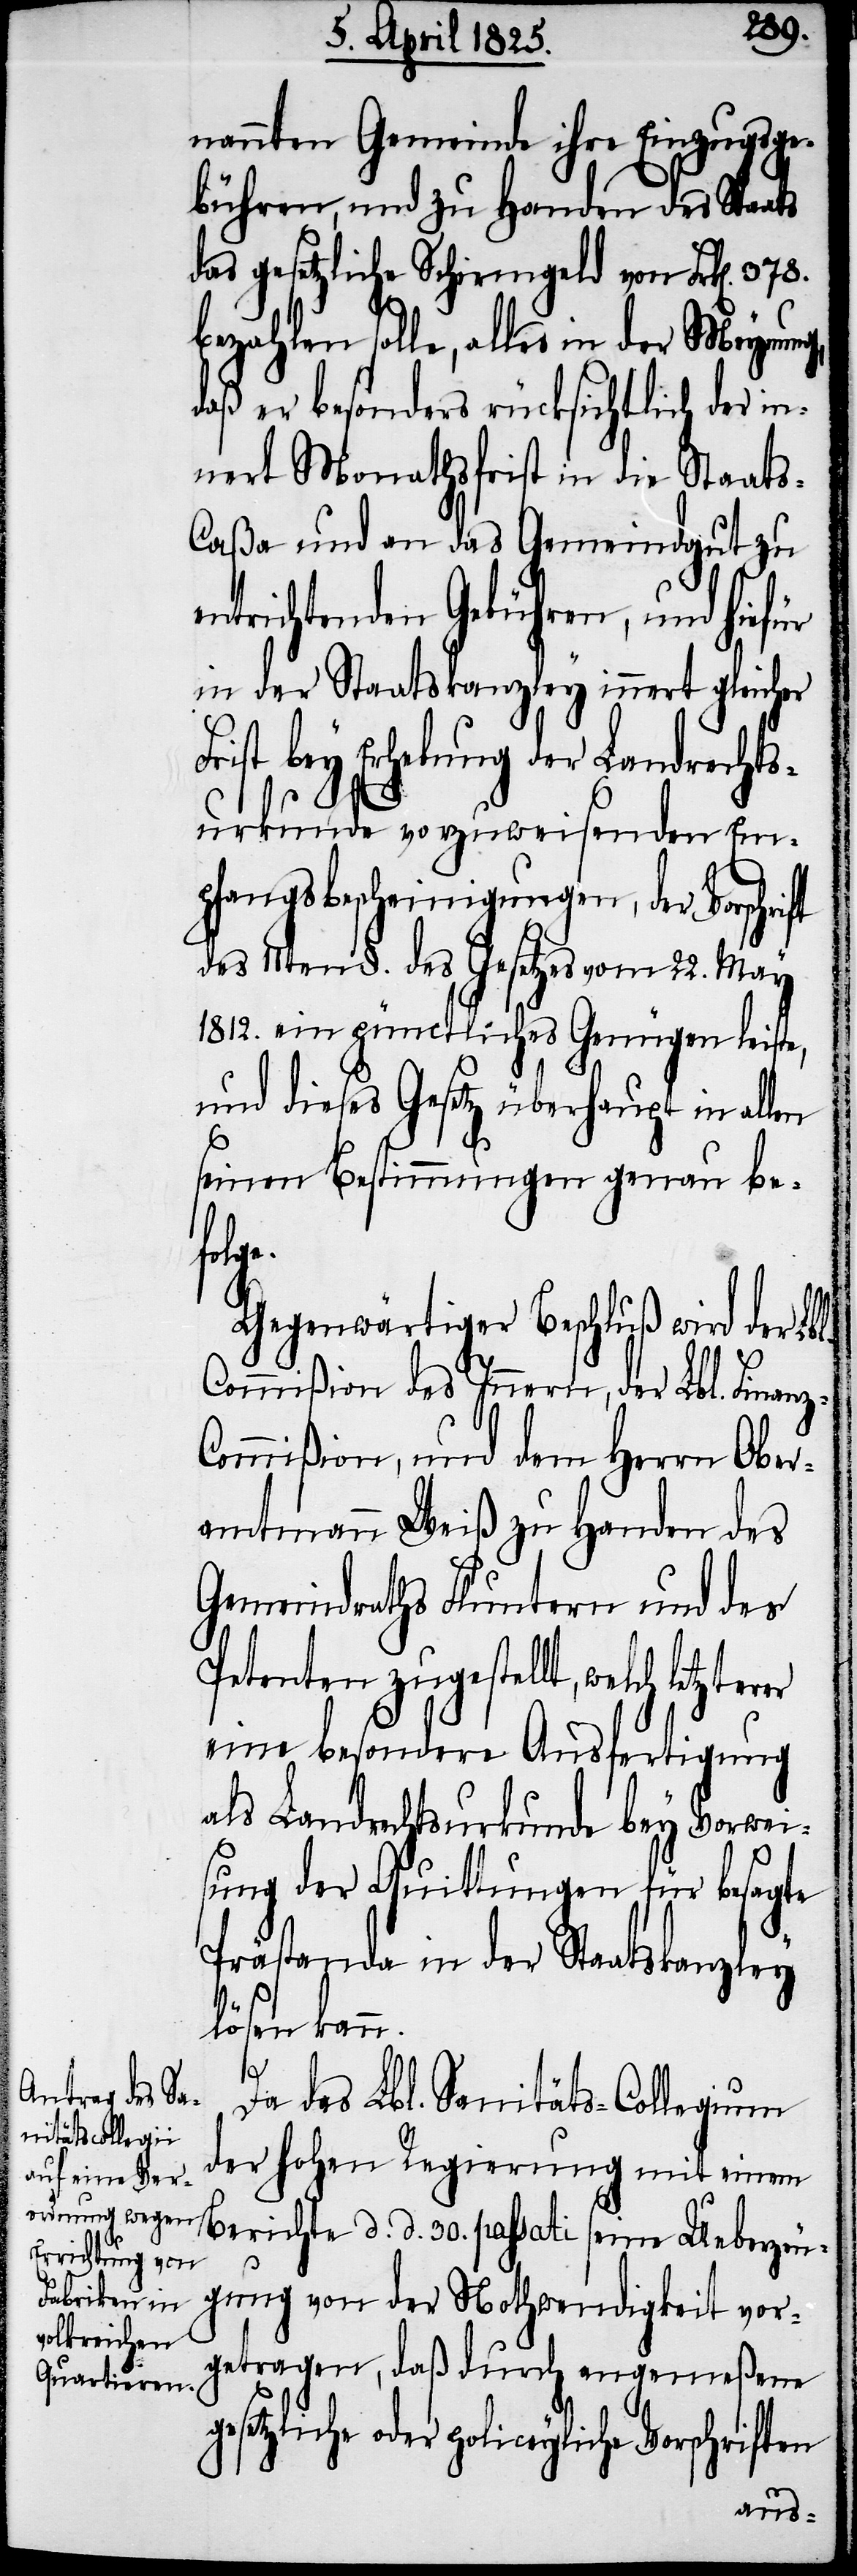
nannten Gemeinde ihre Einzugsge¬
bühren, und zu Handen des Staats
das gesetzliche Schirmgeld von Frk[en].
bezahlen solle, alles in der Meynung,
daß er besonders rücksichtlich der in¬
nert Monathsfrist in die Staat¬
aßa und an das Gemeindgut zu
ntrichtenden Gebühren, und hief¬
in der Staatskanzley innert gleicher
rist bey Erhebung der Landrechts¬
urkunde vorzuweisenden Em¬
pfangsbescheinigungen, der Vorschrift
des 11ten §. des Gesetzes vom 22. May
1812. ein pünctliches Genügen leist¬
und dieses Gesetz überhaupt in allen
seinen Bestimmungen genau be¬
z-C¬
Gegenwärtiger Beschluß wird der L¬
Commißion des Innern, der Finan¬
ommißion, und dem Herrn Ober¬
amtmann Weiß zu Handen des
Gemeindraths Fluntern und des
Petenten zugestellt, welch letzte¬
eine besondere Ausfertigung
als Landrechtsurkunde bey Vorwei¬
sung der Quittungen für besagte
Prästanda in der Staatskanzley
lösen kann.
rer
Da das Lbl. Sanitäts-Collegium
der hohen Regierung mit einem
Berichte d. d. 30. passati seine Ueberzeu¬
gung von der Nothwendigkeit vor¬
getragen, daß durch angemeßene
policeyliche Vorschriften